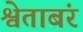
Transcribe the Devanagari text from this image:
श्वेताबंर